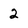
Character: 2